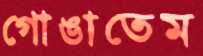
গোঙাতেম